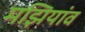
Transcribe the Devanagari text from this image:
मझियांव